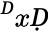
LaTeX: ^ḊxḌ